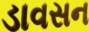
ડાવસન